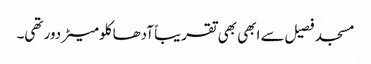
مسجد فصیل سے ابھی بھی تقریباً آدھا کلومیٹر دور تھی۔